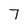
Character: 7